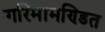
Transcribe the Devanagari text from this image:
गरिमामण्डित